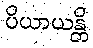
ပိယာယန္တိ